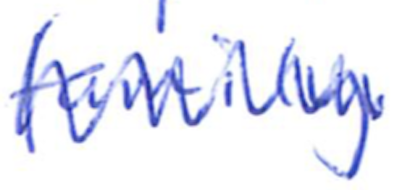
Text: family.
Cross-out: zig-zag
Writing tool: ballpoint